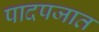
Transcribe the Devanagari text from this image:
पादपजात